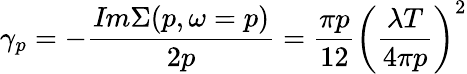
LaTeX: \gamma_{p}=-\frac{\textit{Im}\Sigma(p,\omega=p)}{2p}=\frac{\pi p}{12}\left(\frac{\lambda T}{4\pi p}\right)^{2}